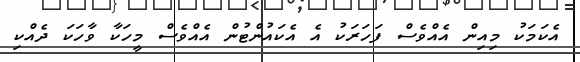
އެކަމަކު މިއިން އެއްވެސް ފަހަރަކު އެ އެކައުންޓުން އެއްވެސް މީހަކާ ވާހަކަ ދެއްކި